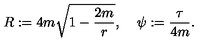
R : = 4 m \sqrt { 1 - { \frac { 2 m } { r } } } , \: \: \: \: \: \psi : = { \frac { \tau } { 4 m } } .